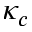
\kappa _ { c }